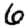
Digit: 6